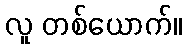
လူ တစ်ယောက်။